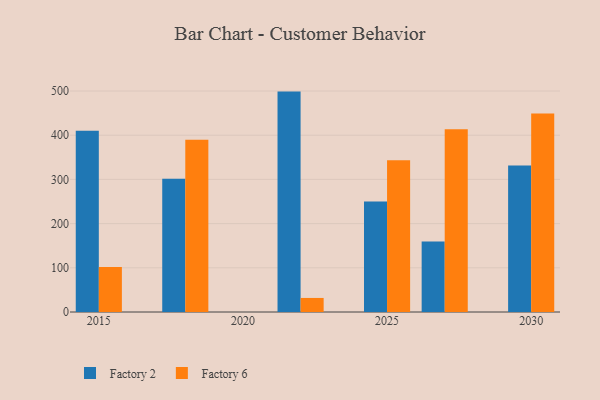
{"axis": {"x": "Year", "y": "Operating Costs (USD K)"}, "legend": ["Factory 2", "Factory 6"], "data": [{"x": "2025", "y": 250.1, "type": "Factory 2"}, {"x": "2025", "y": 343.6, "type": "Factory 6"}, {"x": "2022", "y": 498.7, "type": "Factory 2"}, {"x": "2022", "y": 31.8, "type": "Factory 6"}, {"x": "2018", "y": 301.6, "type": "Factory 2"}, {"x": "2018", "y": 389.9, "type": "Factory 6"}, {"x": "2015", "y": 410.3, "type": "Factory 2"}, {"x": "2015", "y": 101.9, "type": "Factory 6"}, {"x": "2027", "y": 159.6, "type": "Factory 2"}, {"x": "2027", "y": 413.7, "type": "Factory 6"}, {"x": "2030", "y": 331.3, "type": "Factory 2"}, {"x": "2030", "y": 449.0, "type": "Factory 6"}]}